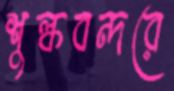
শুল্কবন্দরে